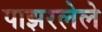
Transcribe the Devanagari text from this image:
पाझरलेले